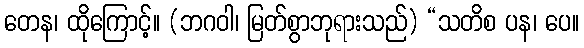
တေန၊ ထိုကြောင့်။ (ဘဂဝါ၊ မြတ်စွာဘုရားသည်) “သတိစ ပန၊ ပေ။